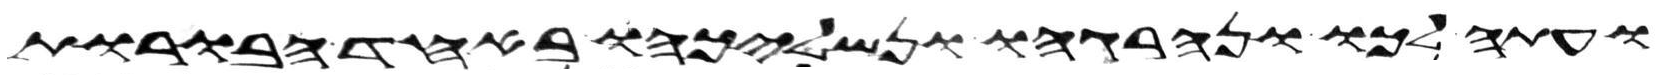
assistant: ועתה לכו ונהרגהו ונשליכהו באחד הבורות